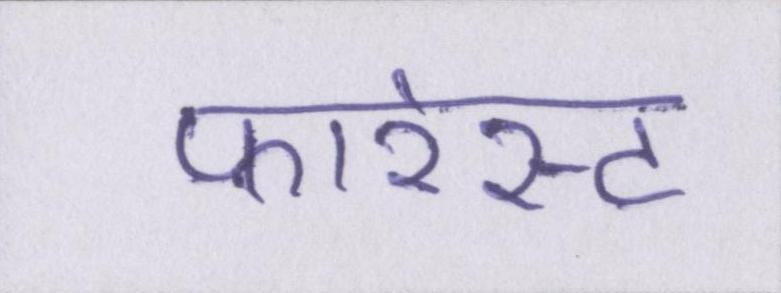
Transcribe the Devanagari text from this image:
फारेस्ट